Report of the Municipal Commissioner on the plague in Bombay for the year ending 31st May... - Volume 2
Disease focus: Plague
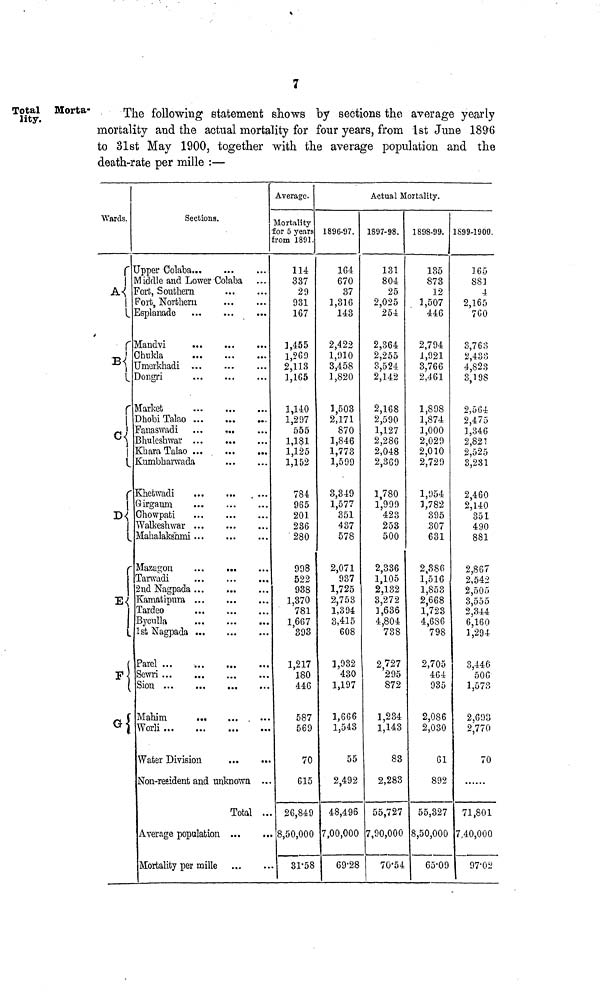
7
Total Morta-
lity.
The following statement shows by sections the average yearly
mortality and the actual mortality for four years, from 1st June 18%
to 31st May 1900, together with the average population and the
death-rate per mille :—
Wards.
1
1
Sections.
Jpper Golaba
M iddle and Lower Colaba
A Fort, Southern
Fort, Northern
]
f
R
±5 i
1
1
Esplanade
Handvi
Uhnlda
Jmerkhadi
Dongri
Market
Dhobi Talao
Fanaswadi
Bhuleshwar
Kbara Talao ...
Kumbharwada
Khetwadi
...
Girgamn
D Chowpati
Walkeshwar
E
TP JL
G
Mahalaks'hmi
Tazagon
!arwadi
2nd Nagpada
lamafcipura
"ardeo
iyculla
1st Nagpada
Vlahim
Worli
Water Division
*Jnn-'rp*?f1p'nfi anrl Tinlmnwn . .
.1V/U l.VKA\AtlJlU Ctil4U H1-IIV.1JV \I I-l.
Total .
Average population ...
Mortality per mille
Average.
Mortality
for 5 years
from 1891
114
337
29
931
167
1,455
1,269
2,118
1,1G5
1,140
1,207
555
1,181
1,125
1,152
784
965
201
236
280
998
522
938
1,870
781
1,667
393
1 217
180
446
587
569
70
615
.. 26,842
.. 8,50,OOC
..
81-5*
Actual Mortality.
1896-57.
164
670
37
1,316
143
2,422
1,910
3,458
1,820
1,503
2,171
870
1,846
1,773
1,599
3,349
1,577
351
437
578
2,071
937
1,725
2,753
1,394
3,415
608
1,932
430
1,197
1,666
1,543
55
2,492
48,496
7,00,OOC
5
69'2£
1897-98.
131
804
25
2,025
254
2,364
2,255
3,524
2,142
2,168
2,590
1,127
2,286
2,048
2,369
1,780
1,999
423
253
500
2,336
1,105
2,132
3,272
1,636
4,804
738
2727 U "
295
872
1,234
1,143
83
2,283
55,727
7,90,000
70-54
1898-99.
135
873
12
1,507
446
2,794
1,921
3,766
2,461
1,898
1,874
1,000
2,029
2,010
2,729
1,954
1,782
395
307
631
2,386
1,516
1,853
2,668
1,723
4,686
798
2,705
464
935
2,086
2,030
61
892
55,327
8,50,000
65'0[
1899-1900.
165
881
4.
2,165
760
3,763
2,433
4,823
3,198
2,504
2,475
1,346
2,821
2,525
3,281
2,460
2,140
351
490
881
2,867
2,542
2,505
3,555
2,344
6,160
1,294
3,446
506
1,578 t
2,693
2,770
70
71,801
7,40,000
97-02